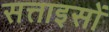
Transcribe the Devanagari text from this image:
सत्ताइसों